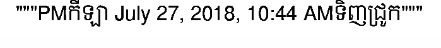
"""PMកីឡា July 27, 2018, 10:44 AMទិញជ្រូក"""